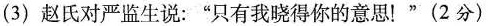
(3)赵氏对严监生说：”只有我晓得你的意思！”(2分)